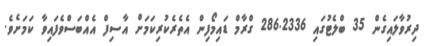
ދިރުވާލައިގެން 35 ބްލެޓުގައި 286.2336 ގްރާމް ޑައިމޯފިން އެތެރެކުރިކަމަށް އާސިފް އެއްބަސްވެފައިވާ ކަމަށެވެ.